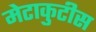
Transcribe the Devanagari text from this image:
मेटाकुटीस